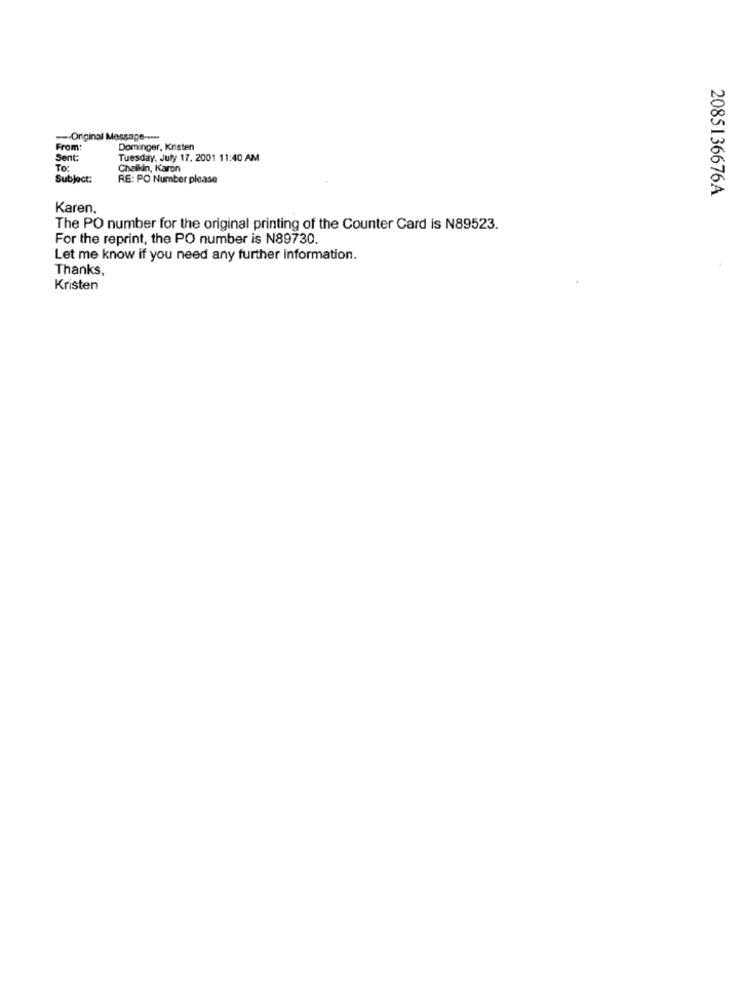
--- Original Message --...
From:
Dominger, Kristen
Sent:
Tuesday, July 17. 2001 11:40 AM
To:
Chaikin, Karen
Subject:
RE: PO Number please
2085136676A
Karen,
The PO number for the original printing of the Counter Card is N89523.
For the reprint, the PO number is N89730.
Let me know if you need any further information.
Thanks,
Kristen